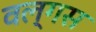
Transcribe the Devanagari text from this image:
वल्गस